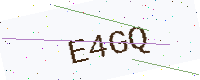
Text: E4GQ